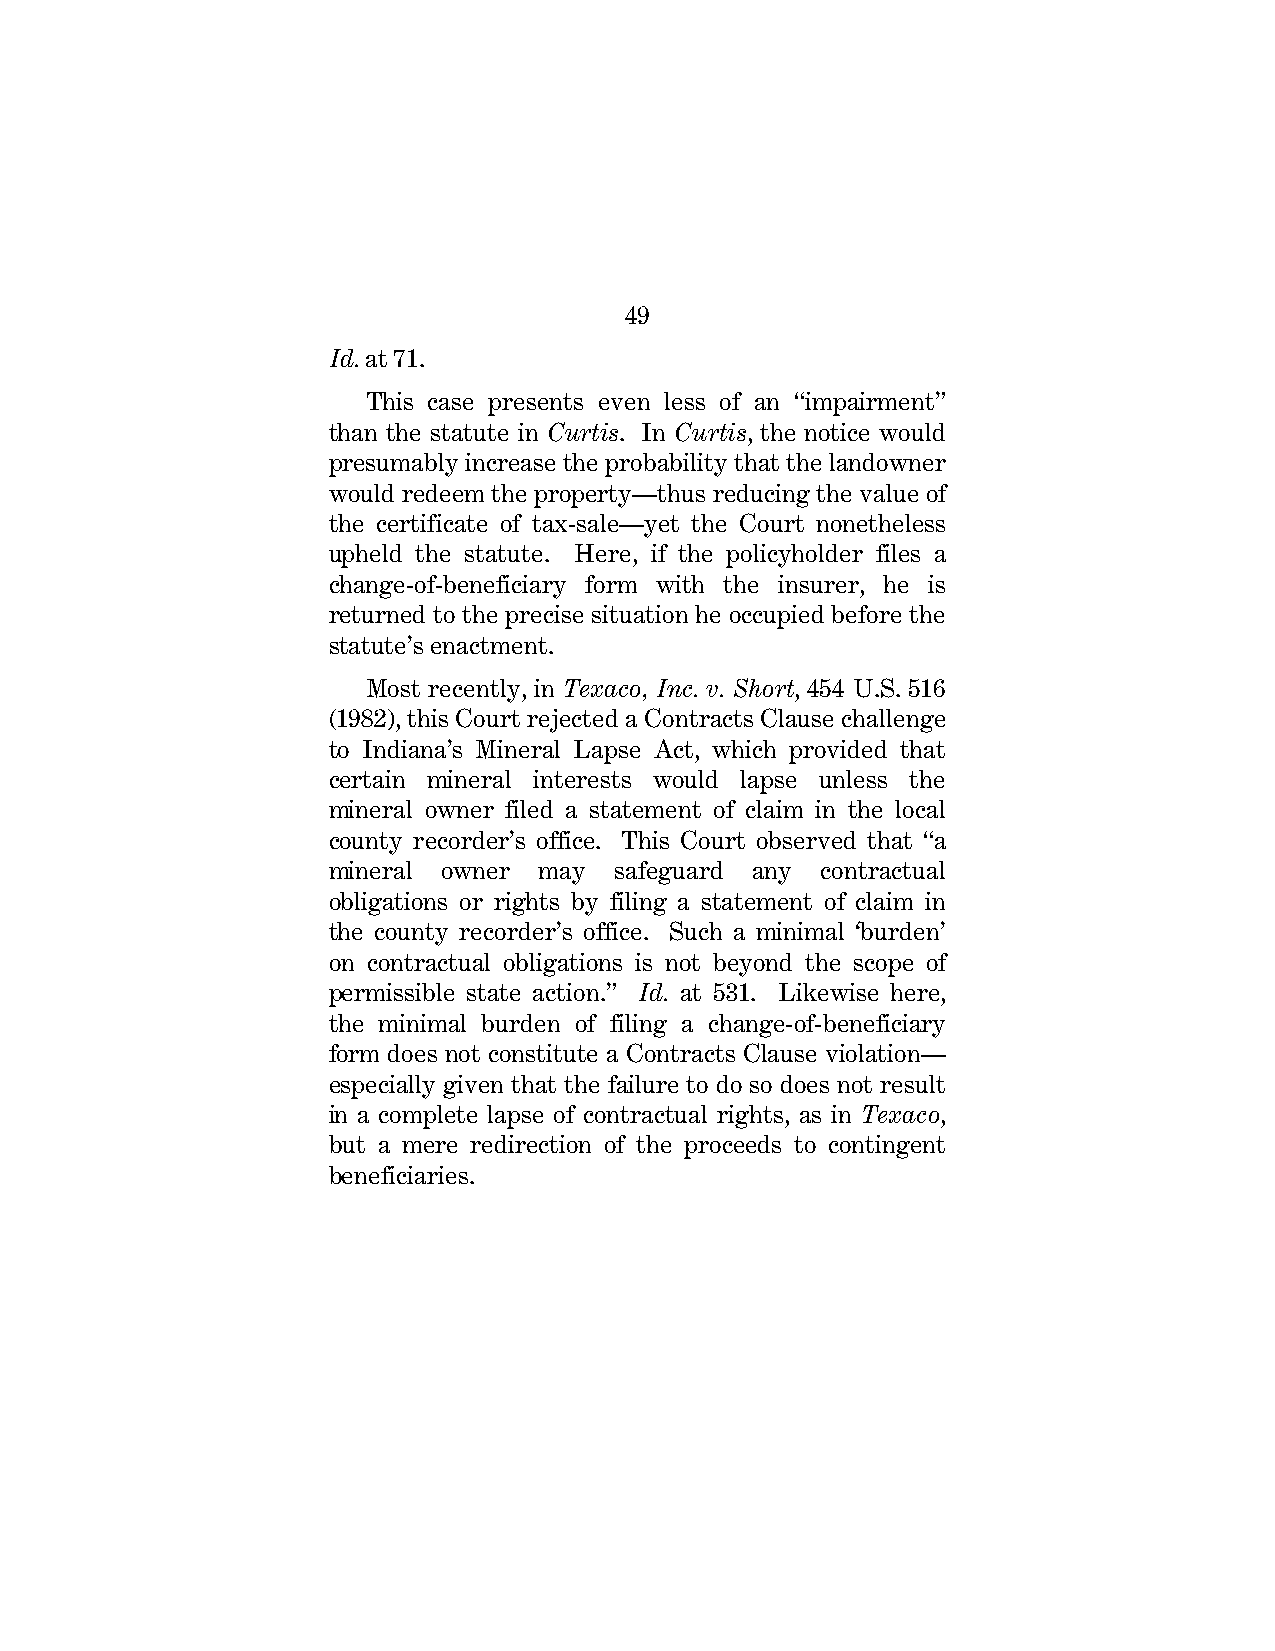
49
 Id. at 71.
 This case presents even less of an “impairment”
 than the statute in Curtis. In Curtis, the notice would
 presumably increase the probability that the landowner
 would redeem the property—thus reducing the value of
 the certificate of tax-sale—yet the Court nonetheless
 upheld the statute. Here, if the policyholder files a
 change-of-beneficiary form with the insurer, he is
 returned to the precise situation he occupied before the
 statute’s enactment.
 Most recently, in Texaco, Inc. v. Short, 454 U.S. 516
 (1982), this Court rejected a Contracts Clause challenge
 to Indiana’s Mineral Lapse Act, which provided that
 certain mineral interests would lapse unless the
 mineral owner filed a statement of claim in the local
 county recorder’s office. This Court observed that “a
 mineral owner may  safeguard any contractual
 obligations or rights by filing a statement of claim in
 the county recorder’s office. Such a minimal ‘burden’
 on contractual obligations is not beyond the scope of
 permissible state action.” Id. at 531. Likewise here,
 the minimal burden of filing a change-of-beneficiary
 form does not constitute a Contracts Clause violation—
 especially given that the failure to do so does not result
 in a complete lapse of contractual rights, as in Texaco,
 but a mere redirection of the proceeds to contingent
 beneficiaries.